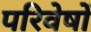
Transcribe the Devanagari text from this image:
परिवेषों